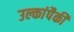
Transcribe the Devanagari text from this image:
उल्कांपैकी